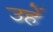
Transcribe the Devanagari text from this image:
उहें